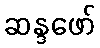
ဆန္ဒဖော်